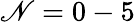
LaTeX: \mathscr{N}=0-5